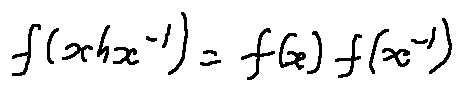
f ( x h x ^ { - 1 } ) = f ( x ) f ( x ^ { - 1 } )